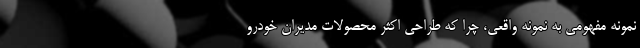
نمونه مفهومی به نمونه واقعی، چرا که طراحی اکثر محصولات مدیران خودرو